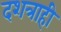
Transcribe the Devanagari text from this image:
दशत्राही